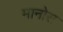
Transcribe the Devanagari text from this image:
मानोस